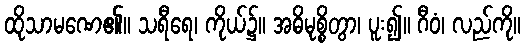
ထိုသာမဏေ၏။ သရီရေ၊ ကိုယ်၌။ အဓိမုစ္စိတွာ၊ ပူး၍။ ဂီဝံ၊ လည်ကို။